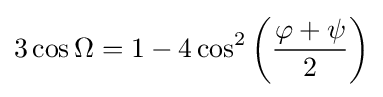
3\cos \Omega =1-4\cos ^{2}\left({\frac {\varphi +\psi }{2}}\right)